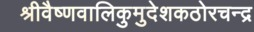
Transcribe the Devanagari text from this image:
श्रीवैष्णवालिकुमुदेशकठोरचन्द्र